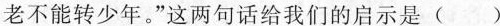
老不能转少年。”这两句话给我们的启示是( )